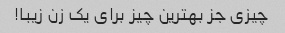
چیزی جز بهترین چیز برای یک زن زیبا!